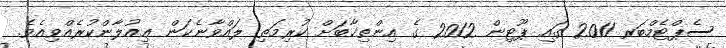
ސެޕްޓެމްބަރ 2011 ގައި ޕޫޓިން 2012 ގެ އިންތިޚާބަށް ކުރިމަތި ލައްވާނެކަން ޢިއުލާންކުރެއްވިއެވެ.